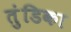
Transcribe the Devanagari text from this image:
तुंडिका